Vaccination North-Western Provinces and Oudh 1896-1901 - 1896-1901
Year: 1896
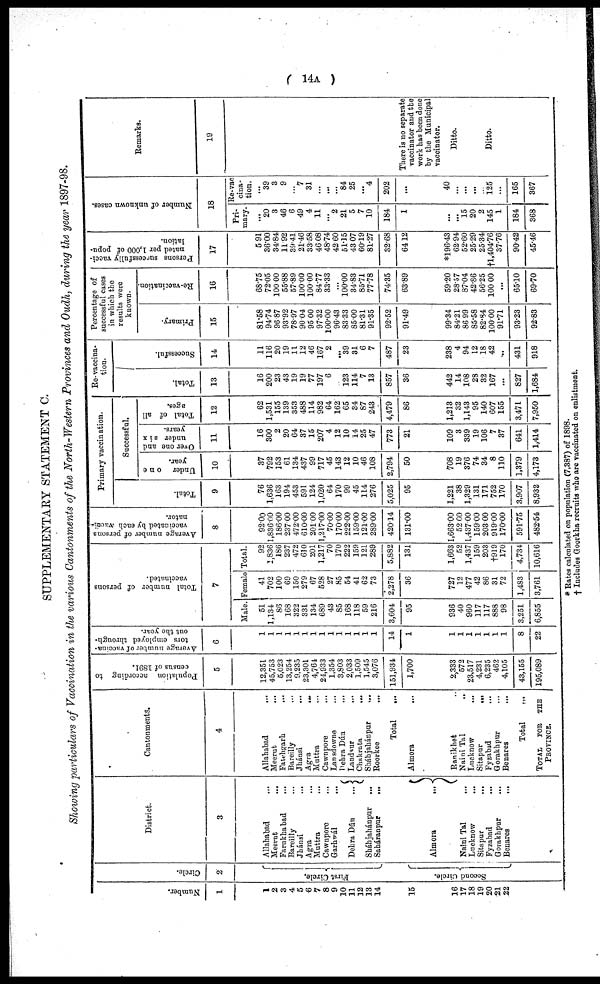
( 14A )
SUPPLEMENTARY STATEMENT C.
Showing particulars of Vaccination in the various Cantonments of the North-Western, Provinces and Oudh, during the year 1897-98.
Number.
1
1
2
3
4
5
6
7
8
9
10
11
12
13
14
15
16
17
18
19
20
21
22
Circle.
2
First Circle.
Second Circle.
District.
3
Allahabad ...
Meerut ...
Farukhabad ...
Bareilly ...
Jhánsi ...
Agra ...
Muttra ...
Cawnpore ...
Garhwál ...
Dehra Dún
...
Sháhjahánpur
...
Saháranpur
...
Almora
...
Naini Tal ...
Lucknow
...
Sitapur
...
Fyzabad
...
Gorakhpur
Benares
...
Cantonments.
4
Allahabad
...
Meerut ...
Fatehgarh
Bareilly ...
Jhánsi
...
Agra
...
Muttra ...
Cawnpore ...
Lansdowne ...
Dehra Dún ...
Landaur ...
Chakrata
...
Sháhjahánpur
...
Roorkee
...
Total
...
Almora
...
Ranikhet ...
Naini Tal ...
Lucknow
...
Sitapur
...
Fyzabad ...
Gorakhpur ...
Benares ...
Total ...
TOTAL FOR THE
PROVINCE.
Population according to
census of 1891.
5
12,351
45,753
5,023
13,254
9,235
23,301
4,764
24,933
1,354
3,803
2,033
1,509
1,545
3,076
151,934
1,700
2,333
572
23,517
4,231
6,235
462
4,105
43,155
195,089
Average number of vaccina¬
tors employed through-
out the year.
6
1
1
1
1
1
1
1
1
1
1
1
1
1
1
14
1
1
1
1
1
1
1
1
8
22
Total number of persons
vaccinated.
7
Male.
51
1,134
86
168
322
331
134
689
43
85
168
118
59
216
3,604
95
936
40
960
117
117
888
98
3,251
6,855
Female
41
702
100
69
150
279
67
528
27
85
54
41
62
73
2,278
36
727
12
477
42
86
31
72
1,483
3,761
Total.
92
1,836
186
237
472
610
201
1,217
70
170
222
159
121
289
5,882
131
1,663
52
1,437
159
203
†919
170
4,734
10,616
Average number of persons
vaccinated by each vacci¬
nator.
8
92.00
1,836.00
186.00
237.00
472.00
610.00
201.00
1,217.00
70.00
170.00
222.00
159.00
121.00
289.00
420.14
131.00
1,663.00
52.00
1,437.00
159.00
203.00
919.00
170.00
591.75
482.54
Primary vaccination.
Total.
9
76
1,636
163
194
453
591
124
1,020
64
170
99
45
114
276
5,025
95
1,221
38
1,329
131
171
752
170
3,907
8,932
Successful.
Under
one
year.
10
37
792
153
61
134
437
99
717
45
143
12
10
46
108
2,794
50
708
19
376
74
34
8
110
1,379
4,173
O
ver one and
under six
years.
11
16
300
2
20
64
37
15
207
4
12
10
14
25
47
773
21
109
3
339
19
106
7
37
641
1,414
Total of all
ages.
12
62
1,531
155
139
353
488
114
982
64
162
65
34
87
243
4,479
86
1,213
32
1,143
95
140
607
155
3,471
7,950
Re-vaccina-
tion.
Total.
13
16
200
23
43
19
19
77
197
6
...
123
114
7
13
857
36
442
14
108
28
32
167
...
827
1,684
Successful.
14
11
116
20
19
11
12
46
167
2
...
39
31
6
7
487
23
238
4
94
12
18
42
...
431
918
Percentage of
successful cases
in which the
results were
known.
Primary.
15
81.58
94.74
96.87
93.92
78.97
90.04
95.00
97.32
100.00
96.43
83.33
85.00
81.31
91.35
92.52
91.49
99.34
84.21
86.99
85.58
82.84
100.00
91.71
93.23
92.83
Re-vaccination.
16
68.75
72.05
100.00
55.88
57.89
100.00
100.00
84.77
33.33
...
100.00
34.83
85.71
77.78
74.35
63.89
59.20
28.57
87.04
42.86
56.25
100.00
...
65.10
69.70
Persons successfully vacci-
nated per 1,000 of popu-
lation.
17
5.91
36.00
34.84
11.92
39.41
21.46
33.58
46.08
48.74
42.60
51.15
43.07
60.19
81.27
32.68
64.12
*196.43
62.94
52.60
25.29
25.34
†l,404.76
37.76
90.42
45.46
Number of unknown cases.
18
Pri-
mary.
...
20
3
46
6
49
4
11
...
2
21
5
7
10
184
1
...
...
15
20
2
145
1
184
368
Re-vac
cina¬
tion.
...
39
3
9
...
7
31
...
...
...
84
25
...
4
202
...
40
...
...
...
125
...
165
367
Remarks.
19
There is no separate
vaccinator and the
work has been done
by the Municipal
vaccinator.
Ditto.
Ditto.
* Rates calculated on population (7,387) of 1898.
† Includes Goorkha recruits who are vaccinated on enlistment.